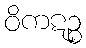
ဝိကဋဉ္စ